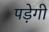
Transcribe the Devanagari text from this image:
पडे़गी